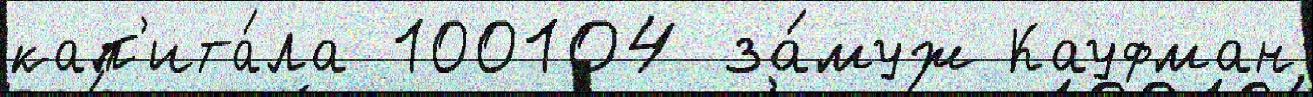
кап'ита́ла 100104 за́муж Кауфман